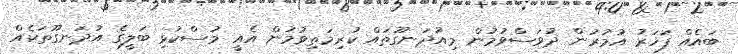
ބައެއް ފަހަރު އުމުރުން ދުވަސްވުމުން މިއުދަނގޫތައް ކުރިމަތިވުމުން އެއީ މުސްކުޅި ބަލީގެ އުދަނގޫތަކެއް